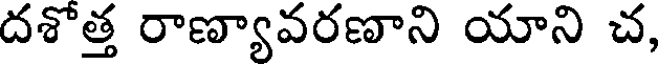
దశొత్త రాణ్యావరణాని యాని చ,